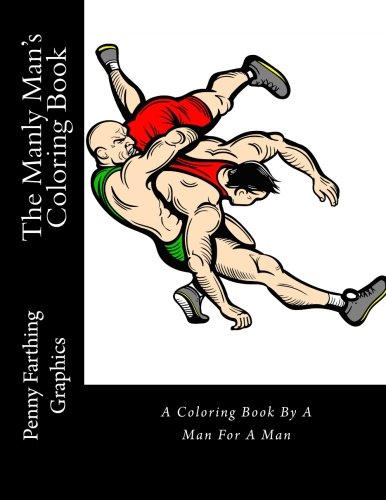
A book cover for The Manly Man's Coloring Book: A Coloring Book By A Man For A Man; Penny Farthing Graphics; Arts & Photography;